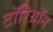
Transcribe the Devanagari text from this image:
टॉरियॉन